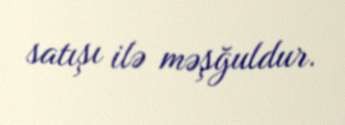
satışı ilə məşğuldur.